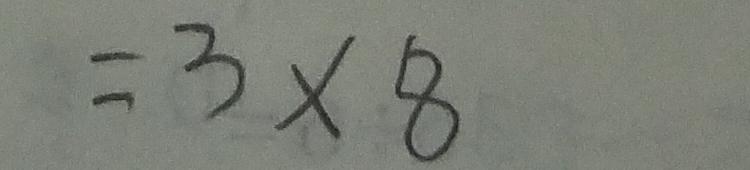
= 3 \times 8